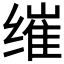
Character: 𮉮